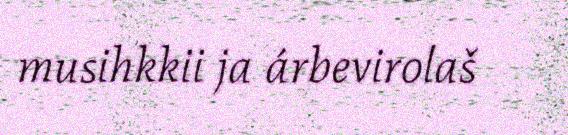
musihkkii ja árbevirolaš